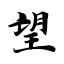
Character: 望